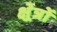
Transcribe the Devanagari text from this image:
क्ष्रेत्रों